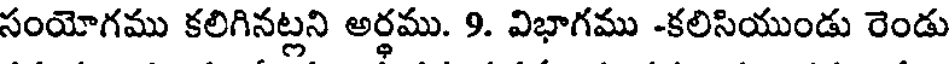
సంయోగము కలిగినట్లని అర్థము. 9. విభాగము -కలిసియుండు రెండు